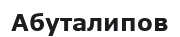
Абуталипов